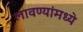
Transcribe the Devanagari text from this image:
लावण्यांमध्ये